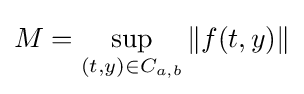
M=\sup _{(t,y)\in C_{a,b}}\|f(t,y)\|